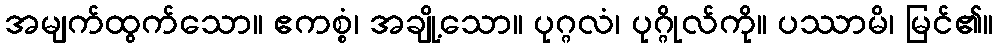
အမျက်ထွက်သော။ ဧကစ္စံ၊ အချို့သော။ ပုဂ္ဂလံ၊ ပုဂ္ဂိုလ်ကို။ ပဿာမိ၊ မြင်၏။